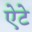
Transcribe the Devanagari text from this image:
ऐटे